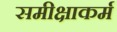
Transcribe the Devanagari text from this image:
समीक्षाकर्म